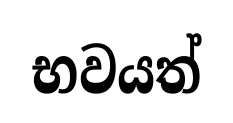
භවයත්